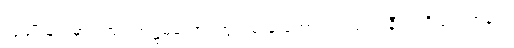
လူမျိုးများမှာလည်း အဋ္ဌမတောင်ထွတ်မှ မိုးအောင်ရင်သည် နီးပါးရှိသည့်အနက်